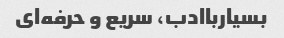
بسیارباادب، سریع و حرفه‌ای